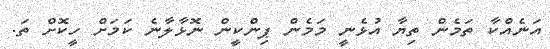
އަނެއްކާ ތަމެން ތިޔާ އުޅެނީ މަމެން ޕިންކީން ނޮޅާލާނެ ކަމަށް ހީކޮށް ތަ.